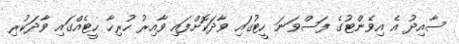
ސާއިދު އެ އިވެންޓުގެ ފަސްވަނަ ހީޓުގައި ވާދަކޮށްފައި ވާއިރު ހުރިހާ ހީޓެއްގައި ވާދަކުރި